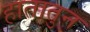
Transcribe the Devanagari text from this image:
हातातुन